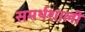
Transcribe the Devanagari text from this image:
समर्थशाली